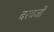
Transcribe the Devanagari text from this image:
दरवजों